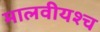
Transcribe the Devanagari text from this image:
मालवीयश्च